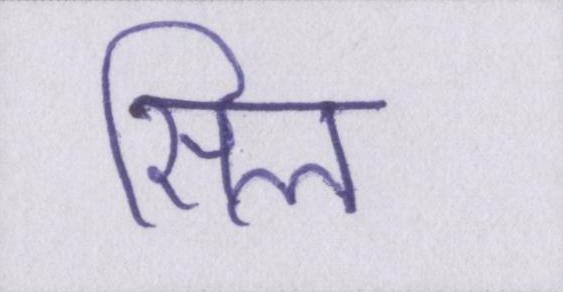
सिल